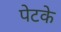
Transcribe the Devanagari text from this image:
पेटके